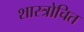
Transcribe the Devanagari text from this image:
शास्त्रोचित